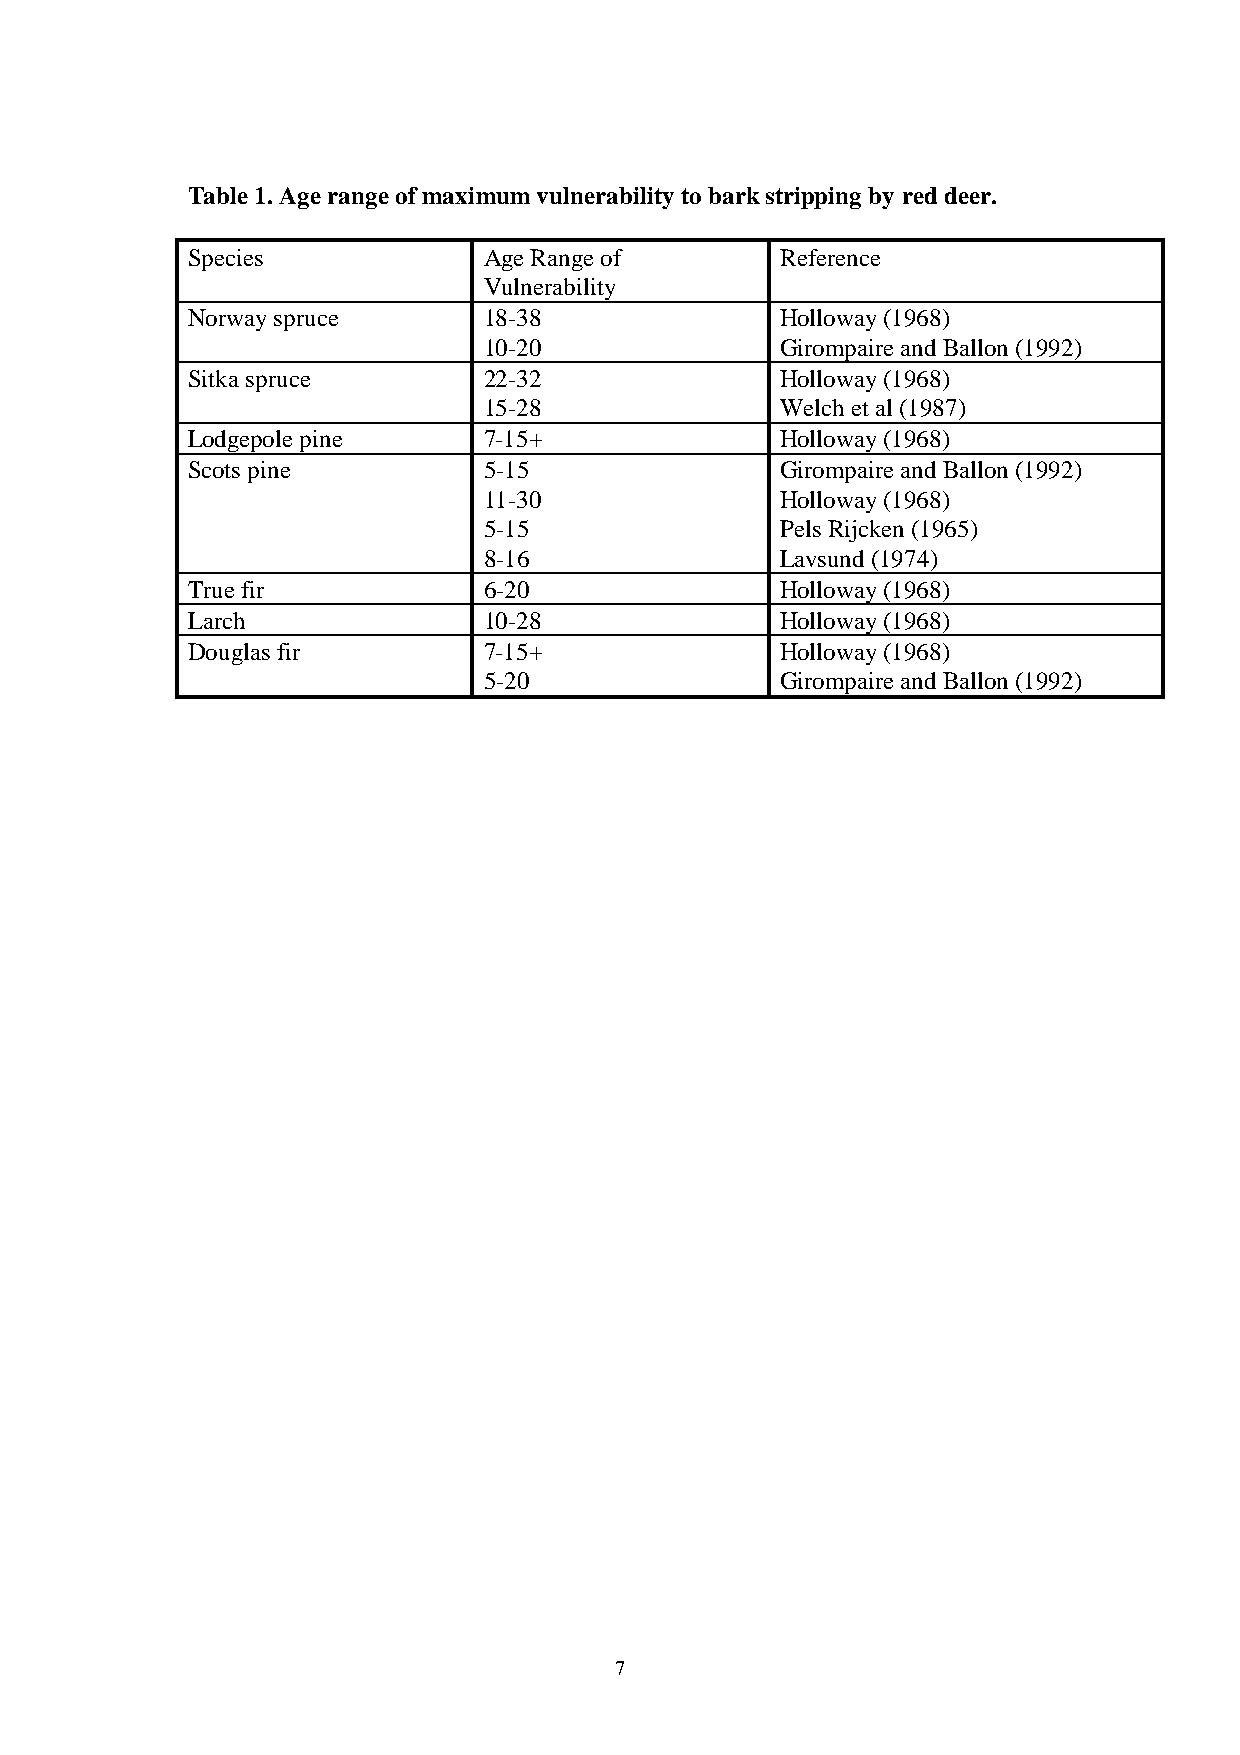
Table 1. Age range of maximum vulnerability to bark stripping by red deer.
 Species             Age Range of        Reference
 Vulnerability
 Norway spruce       18-38               Holloway (1968)
 10-20               Girompaire and Ballon (1992)
 Sitka spruce        22-32               Holloway (1968)
 15-28               Welch et al (1987)
 Lodgepole pine      7-15+               Holloway (1968)
 Scots pine          5-15                Girompaire and Ballon (1992)
 11-30               Holloway (1968)
 5-15                Pels Rijcken (1965)
 8-16                Lavsund (1974)
 True fir            6-20                Holloway (1968)
 Larch               10-28               Holloway (1968)
 Douglas fir         7-15+               Holloway (1968)
 5-20                Girompaire and Ballon (1992)
 7